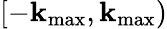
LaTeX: [-\mathbf{k}_{\mathrm{{max}}},\mathbf{k}_{\mathrm{{max}}})